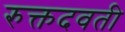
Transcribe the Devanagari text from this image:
रुक्तदवती